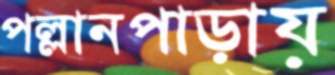
পল্লানপাড়ায়